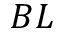
B L